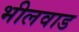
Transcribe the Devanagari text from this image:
भीलवाड